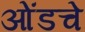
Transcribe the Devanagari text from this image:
ओंडचे